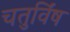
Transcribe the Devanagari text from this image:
चतुर्विंष